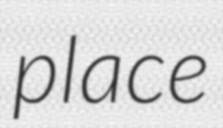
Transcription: place